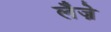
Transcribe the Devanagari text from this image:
लैज़े